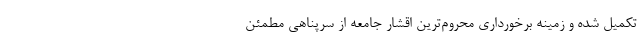
تکمیل شده و زمینه برخورداری محروم‌ترین اقشار جامعه از سرپناهی مطمئن